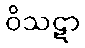
ဝိသဋာ